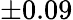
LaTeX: \pm 0.09